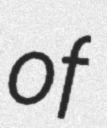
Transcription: of